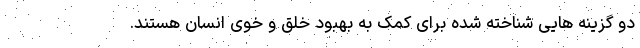
دو گزینه هایی شناخته شده برای کمک به بهبود خلق و خوی انسان هستند.